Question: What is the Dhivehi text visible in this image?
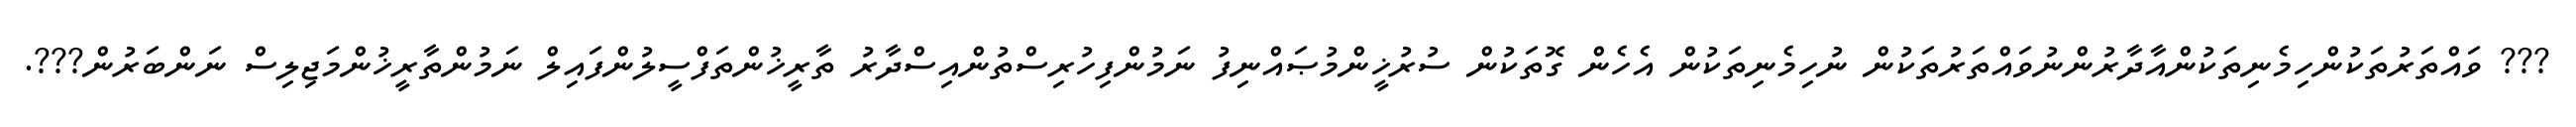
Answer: ??? ވައްތަރުތަކުންހިމެނިތަކުންއާދާރުންނުވައްތަރުތަކުން ނުހިމެނިތަކުން އެހެން ގޮތަކުން ސުރުޚީންމުޞައްނިފު ނަމުންފިހުރިސްތުންއިސްދާރު ތާރީޚުންތަފްސީލުންފައިލް ނަމުންތާރީޚުންމަޖިލިސް ނަންބަރުން???.